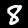
Label: 8